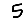
Digit: 5